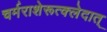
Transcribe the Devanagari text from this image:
चर्मराशेरूत्क्लेदात्